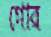
গোর